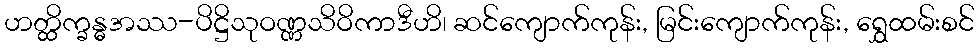
ဟတ္ထိက္ခန္ဓအဿ-ပိဋ္ဌိသုဝဏ္ဏသိဝိကာဒီဟိ၊ ဆင်ကျောက်ကုန်း, မြင်းကျောက်ကုန်း, ရွှေထမ်းစင်